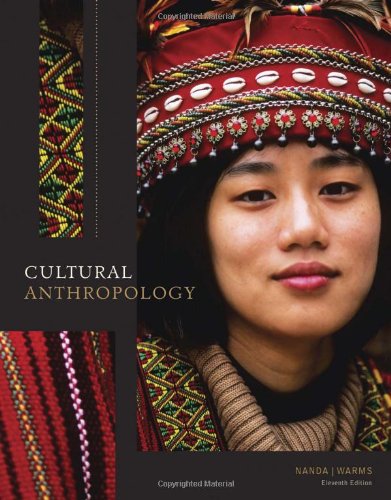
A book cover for Cultural Anthropology; Serena Nanda; Science & Math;